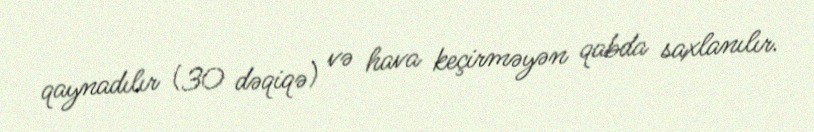
qaynadılır (30 dəqiqə) və hava keçirməyən qabda saxlanılır.